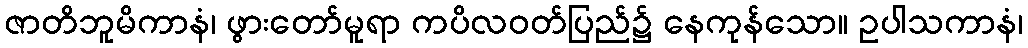
ဇာတိဘူမိကာနံ၊ ဖွားတော်မူရာ ကပိလဝတ်ပြည်၌ နေကုန်သော။ ဥပါသကာနံ၊